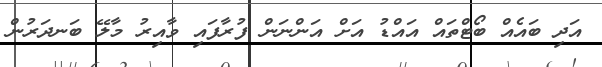
އަދި ބައެއް ބޯޓްތައް އައްޑު އަށް އަންނަން ފުރާފައި ވާއިރު މާލޭ ބަނދަރުން